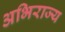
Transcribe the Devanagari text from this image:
अभिराज्य